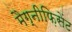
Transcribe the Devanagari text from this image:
मैग्नीफ़िसेंट